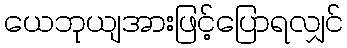
ယေဘုယျအားဖြင့်ပြောရလျှင်